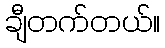
ချီတက်တယ်။